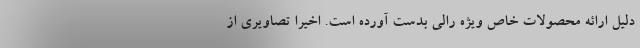
دلیل ارائه محصولات خاص ویژه رالی بدست آورده است. اخیرا تصاویری از